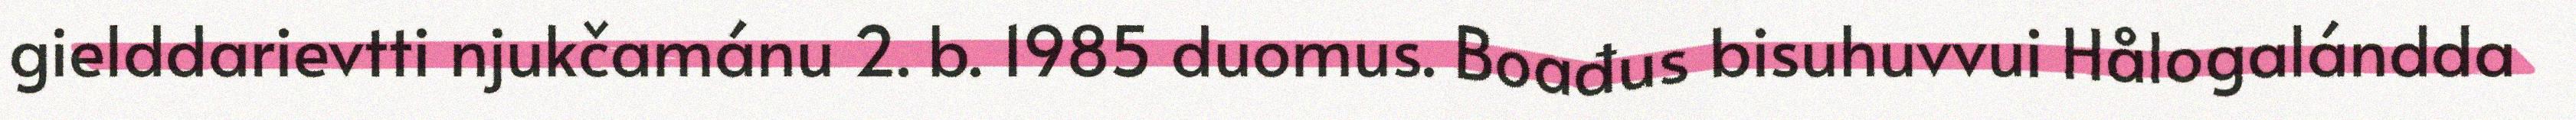
gielddarievtti njukčamánu 2. b. 1985 duomus. Boađus bisuhuvvui Hålogalándda